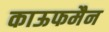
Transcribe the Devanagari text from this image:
काऊफमैन